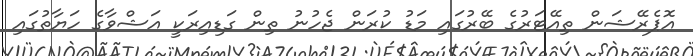
އޮޕެރޭޝަން ތިއޭޓަރުގެ ބޭރުގައި މަޑު ކުރަން ޖެހުނު ތިން ގަޑިއިރަކީ އަޝްވާގެ ހަޔާތުގައި